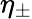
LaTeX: \eta_{\pm}